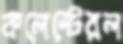
কলেস্টেরল